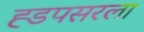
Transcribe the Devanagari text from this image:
ह्डपसरला